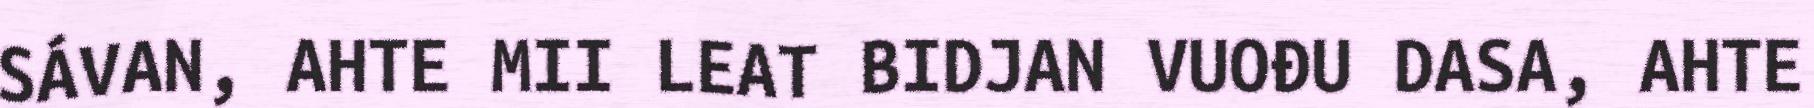
SÁVAN, AHTE MII LEAT BIDJAN VUOĐU DASA, AHTE